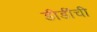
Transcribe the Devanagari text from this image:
डीडींची